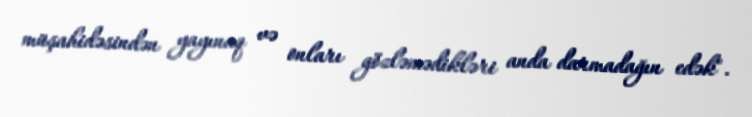
müşahidəsindən yayınaq və onları gözləmədikləri anda darmadağın edək".